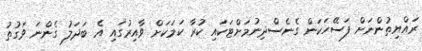
ރައްޔިތުންނަށް ފަސޭހަކަން ގެނެސްދިނުމަށްޓަކައި ކުރާ ކަމަކަށް ވާއިރުގައި އެ ބަދަލު ގެންނަ ވަގުތު